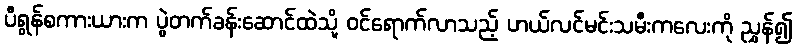
ပီရွန်စကားယားက ပွဲတက်ခန်းဆောင်ထဲသို့ ဝင်ရောက်လာသည့် ဟယ်လင်မင်းသမီးကလေးကို ညွှန်၍